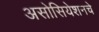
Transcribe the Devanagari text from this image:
असोसियेशनचे